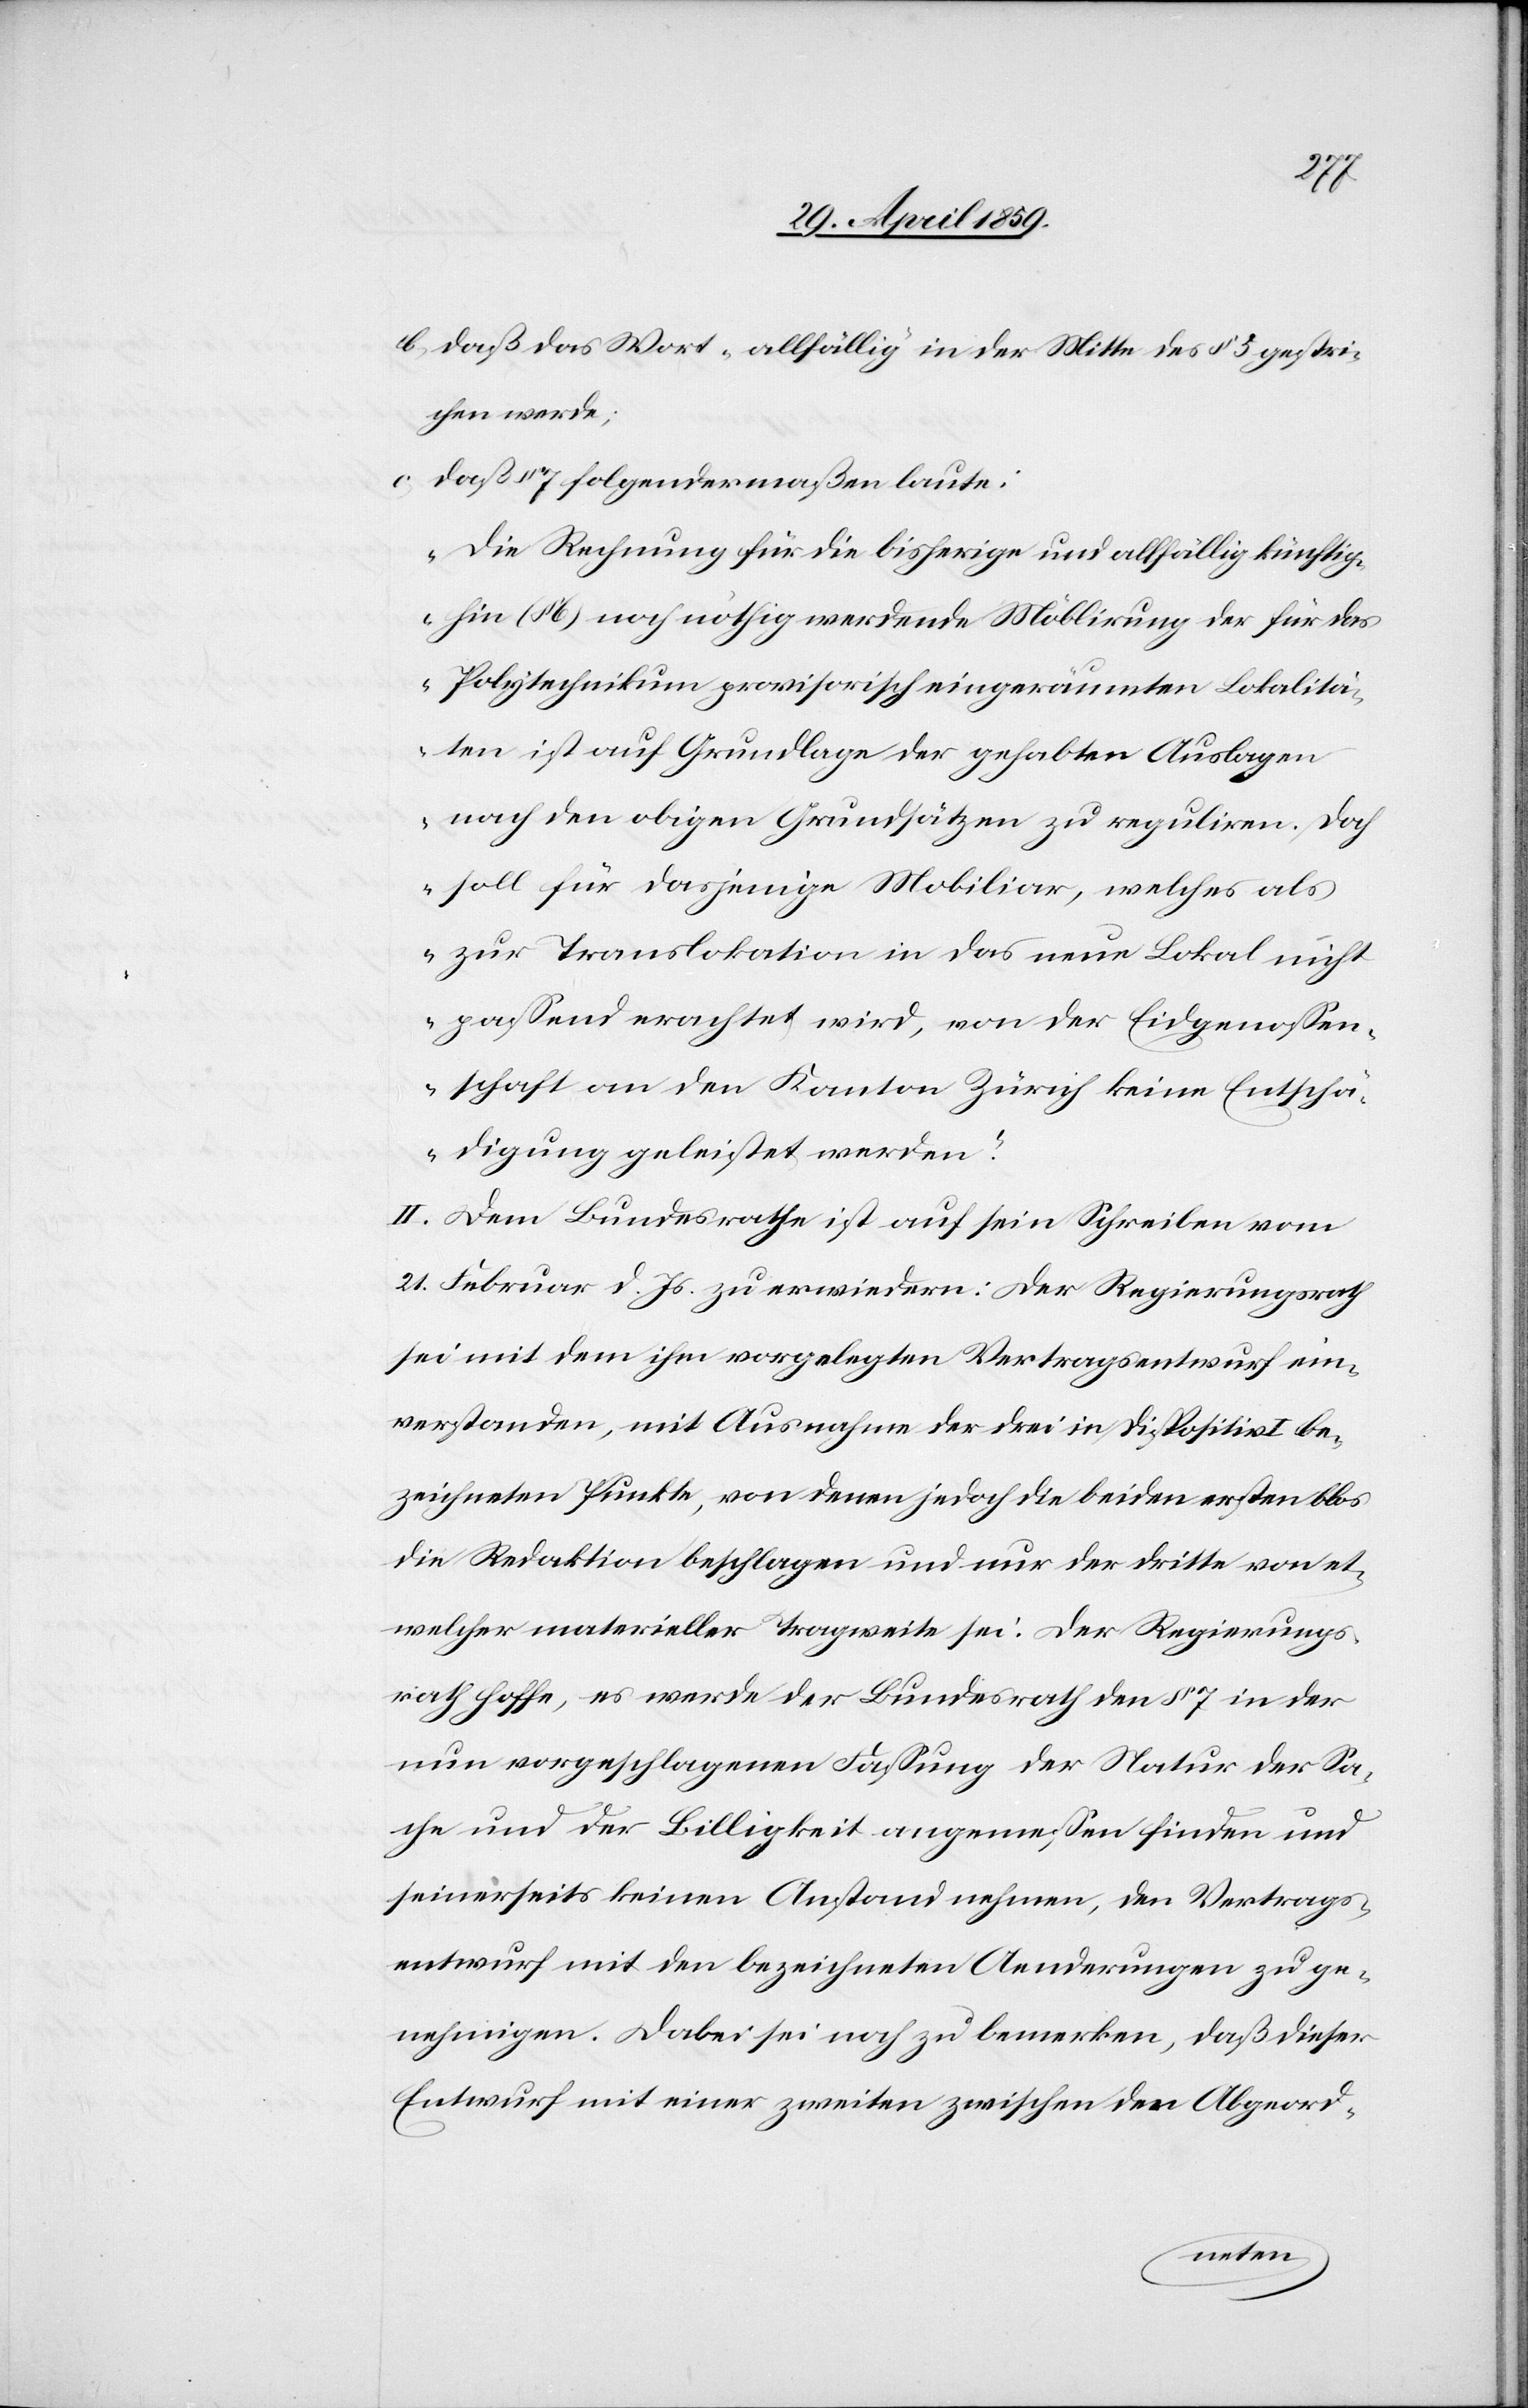
b) daß das Wort „allfällig in der Mitte des § 5 gestri¬
chen werde;
daß § 7 folgendermaßen laute:
„die Rechnung für die bisherige und allfällig künftig
hin (§ 6) noch nöthig werdende Möblirung der für das
Polytechnikum provisorisch eingeräumten Lokalitä¬
ten ist auf Grundlage der gehabten Auslagen
nach den obigen Grundsätzen zu reguliren. Doch
soll für dasjenige Mobiliar, welches als
zur Translokation in das neue Lokal nicht
paßend erachtet wird, von der Eidgenoßen¬
schaft an den Kanton Zürich keine Entschä¬
digung geleistet werden.“
II. Dem Bundesrathe ist auf sein Schreiben vom
21. Februar d. Js. zu erwiedern: Der Regierungsrath
sei mit dem ihm vorgelegten Vertragsentwurf ein¬
verstanden, mit Ausnahme der drei in Dispositiv I be¬
zeichneten Punkte, von denen jedoch die beiden ersten blos
die Redaktion beschlagen und nur der dritte von et¬
welcher materieller Tragweite sei. Der Regierungs¬
rath hoffe, es werde der Bundesrath den § 7 in der
nun vorgeschlagenen Faßung der Natur der Sa¬
che und der Billigkeit angemeßen finden und
seinerseits keinen Anstand nehmen, den Vertrags¬
entwurf mit den bezeichneten Aenderungen zu ge¬
nehmigen. Dabei sei noch zu bemerken, daß dieser
Entwurf mit einer zweiten zwischen den Abgeord-